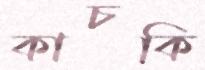
কাচকি